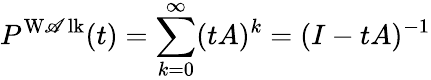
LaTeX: P^{\operatorname{W\mathscr{A}lk}}(t)=\sum_{k=0}^{\infty}(tA)^{k}=(I-tA)^{-1}